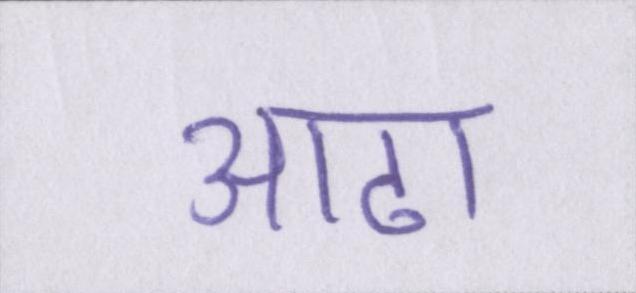
आढा